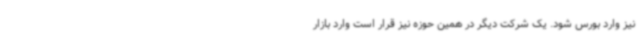
نیز وارد بورس شود. یک شرکت دیگر در همین حوزه نیز قرار است وارد بازار